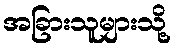
အခြားသူများသို့